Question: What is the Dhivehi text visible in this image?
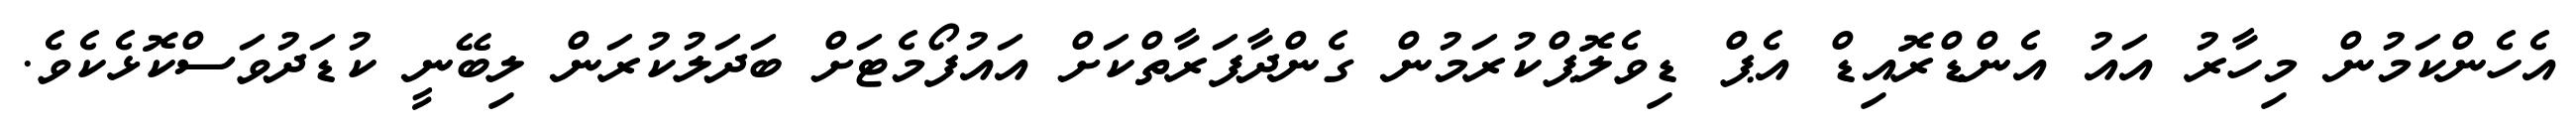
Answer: އެހެންކަމުން މިހާރު އައު އެންޑްރޮއިޑް އެޕް ޑިވެލޮޕްކުރަމުން ގެންދާފަރާތްކަށް އައުފޯމެޓަށް ބަދަލުކުރަން ލިބޭނީ ކުޑަދުވަސްކޮޅެކެވެ.